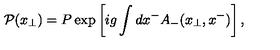
{ \cal P } ( { x } _ { \bot } ) = P \exp \left[ i g \int d x ^ { - } A _ { - } ( x _ { \bot } , x ^ { - } ) \right] ,